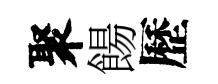
聚餳歷